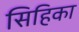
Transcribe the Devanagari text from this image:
सिहिका